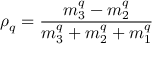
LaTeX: \rho _ { q } = { \frac { m _ { 3 } ^ { q } - m _ { 2 } ^ { q } } { m _ { 3 } ^ { q } + m _ { 2 } ^ { q } + m _ { 1 } ^ { q } } }